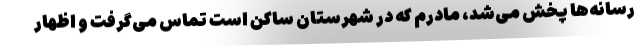
رسانه‌ها پخش می‌شد، مادرم که در شهرستان ساکن است تماس می‌گرفت و اظهار